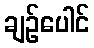
ချဉ်ပေါင်